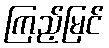
ကြည့်မြင်